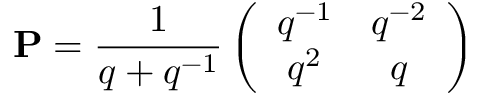
{ \bf P } = \frac { 1 } { q + q ^ { - 1 } } \left( \begin{array} { c c } { { q ^ { - 1 } } } & { { q ^ { - 2 } } } \\ { { q ^ { 2 } } } & { { q } } \end{array} \right)